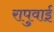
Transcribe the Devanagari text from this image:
रापुवाई